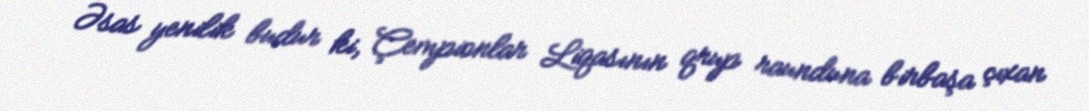
Əsas yenilik budur ki, Çempionlar Liqasının qrup raunduna birbaşa çıxan